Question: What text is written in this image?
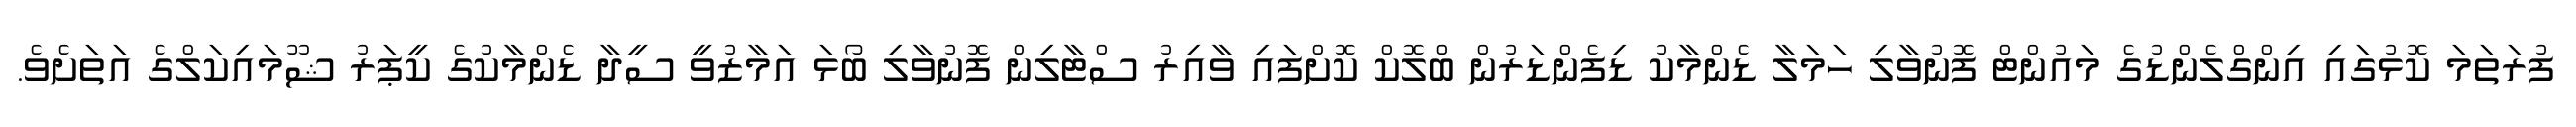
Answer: ފުރަތަމަ ކޮޅުގައި އިންގްލެންޑުގެ މައުންޓް ފޮނުވާލި ހަމަލާ ޑެންމާކު ޑިފެންޑަރުން ބްލޮކް ކޮށްފައި ވާއިރު ސްޓާލިން ފޮނުވާލި ބޯޅަ އަމާޒުވީ ސީދާ ޑެންމާކުގެ ކީޕަރު ޝޫމައިކަލްގެ އަތަށެވެ.